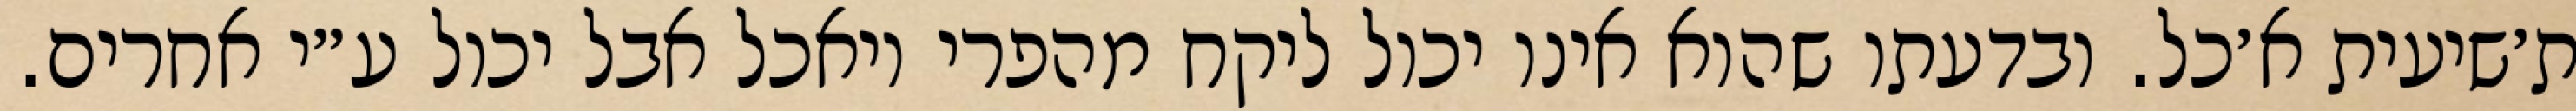
ת׳שיעית א׳כל. ובדעתו שהוא אינו יכול ליקח מהפרי ויאכל אבל יכול ע״י אחרים.